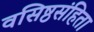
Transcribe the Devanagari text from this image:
वसिष्ठसंहिता